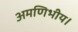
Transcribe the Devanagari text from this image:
अमणिभीय।